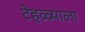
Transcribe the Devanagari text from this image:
टेहळ्याला